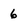
Character: 6